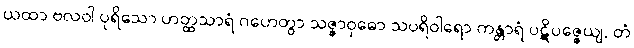
ယထာ ဗလဝါ ပုရိသော ဟတ္ထသာရံ ဂဟေတွာ သဇ္ဇာဝုဓော သပရိဝါရော ကန္တာရံ ပဋိပဇ္ဇေယျ, တံ